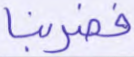
فضربنا